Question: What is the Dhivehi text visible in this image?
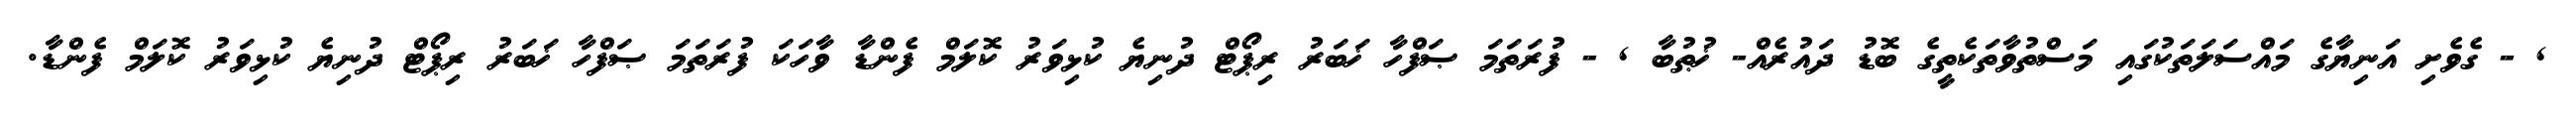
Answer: , - ގެވެށި އަނިޔާގެ މައްސަލަތަކުގައި މަސްތުވާތަކެތީގެ ބޮޑު ދައުރެއް- ޚުޠުބާ , - ފުރަތަމަ ޞަފްހާ ޚަބަރު ރިޕޯޓް ދުނިޔެ ކުޅިވަރު ކޮލަމް ފެންޑާ ވާހަކަ ފުރަތަމަ ޞަފްހާ ޚަބަރު ރިޕޯޓް ދުނިޔެ ކުޅިވަރު ކޮލަމް ފެންޑާ.